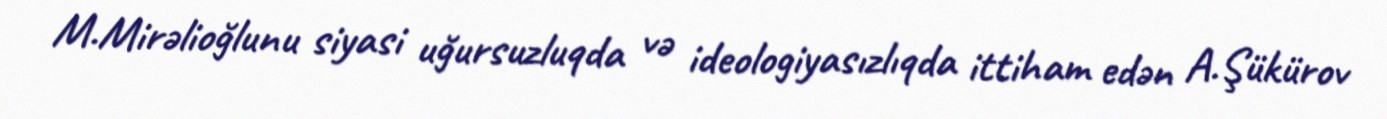
M.Mirəlioğlunu siyasi uğursuzluqda və ideologiyasızlıqda ittiham edən A.Şükürov